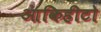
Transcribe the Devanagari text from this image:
आकिहीटो